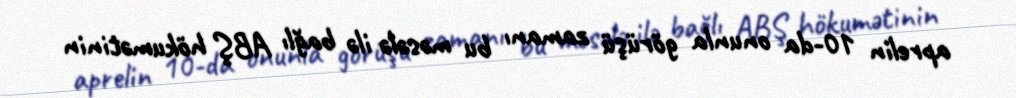
aprelin 10-da onunla görüşü zamanı bu məsələ ilə bağlı ABŞ hökumətinin